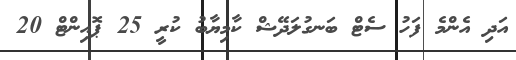
އަދި އެންމެ ފަހު ސެޓް ބަނގުލަދޭޝް ކާމިޔާބު ކުރީ 25 ޕޮއިންޓް 20